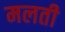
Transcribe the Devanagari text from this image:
मलती